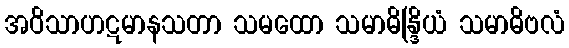
အဝိသာဟဋမာနသတာ သမထော သမာဓိန္ဒြိယံ သမာဓိဗလံ